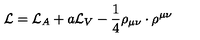
{ \cal { L } } = { \cal { L } } _ { A } + a { \cal { L } } _ { V } - \frac { 1 } { 4 } \mathrm { \boldmath \rho } _ { \mu \nu } \cdot \mathrm { \boldmath \rho } ^ { \mu \nu }